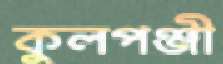
কুলপঞ্জী